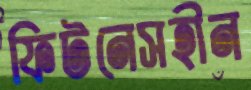
ফিটনেসহীন